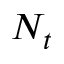
N _ { t }